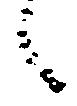
言